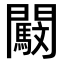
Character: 𨷜